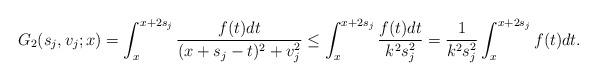
LaTeX: \begin{align*}G_2(s_j,v_j;x)=\int_{x}^{x+2s_j}\frac{f(t)dt}{(x+s_j-t)^2+v_j^2}\leq \int_{x}^{x+2s_j}\frac{f(t)dt}{k^2s_j^2}=\frac{1}{k^2s_j^2}\int_{x}^{x+2s_j}f(t)dt.\end{align*}